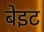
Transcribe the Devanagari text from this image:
बेइट